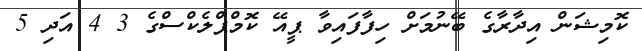
ކޮމިޝަން އިދާރާގެ ބޭނުމަށް ހިފާފައިވާ ޕީއޭ ކޮމްޕްލެކްސްގެ 3 4 އަދި 5